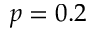
p = 0 . 2